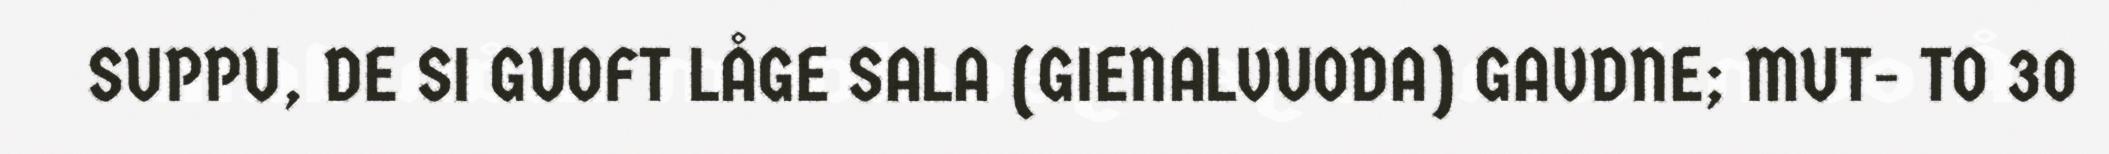
SUPPU, DE SI GUOFT LÅGE SALA (GIENALVUODA) GAVDNE; MUT- TO 30